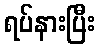
ရပ်နားပြီး